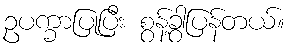
ဥပက္ခာပြုပြီး စွန့်ခွာပြန်တယ်။